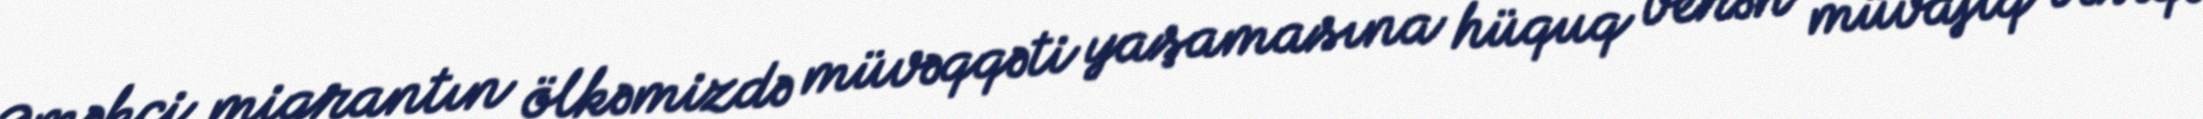
Əməkçi miqrantın ölkəmizdə müvəqqəti yaşamasına hüquq verən müvafiq vəsiqə